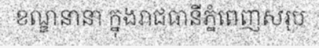
ខណ្ឌនានា ក្នុងរាជធានីភ្នំពេញសរុប